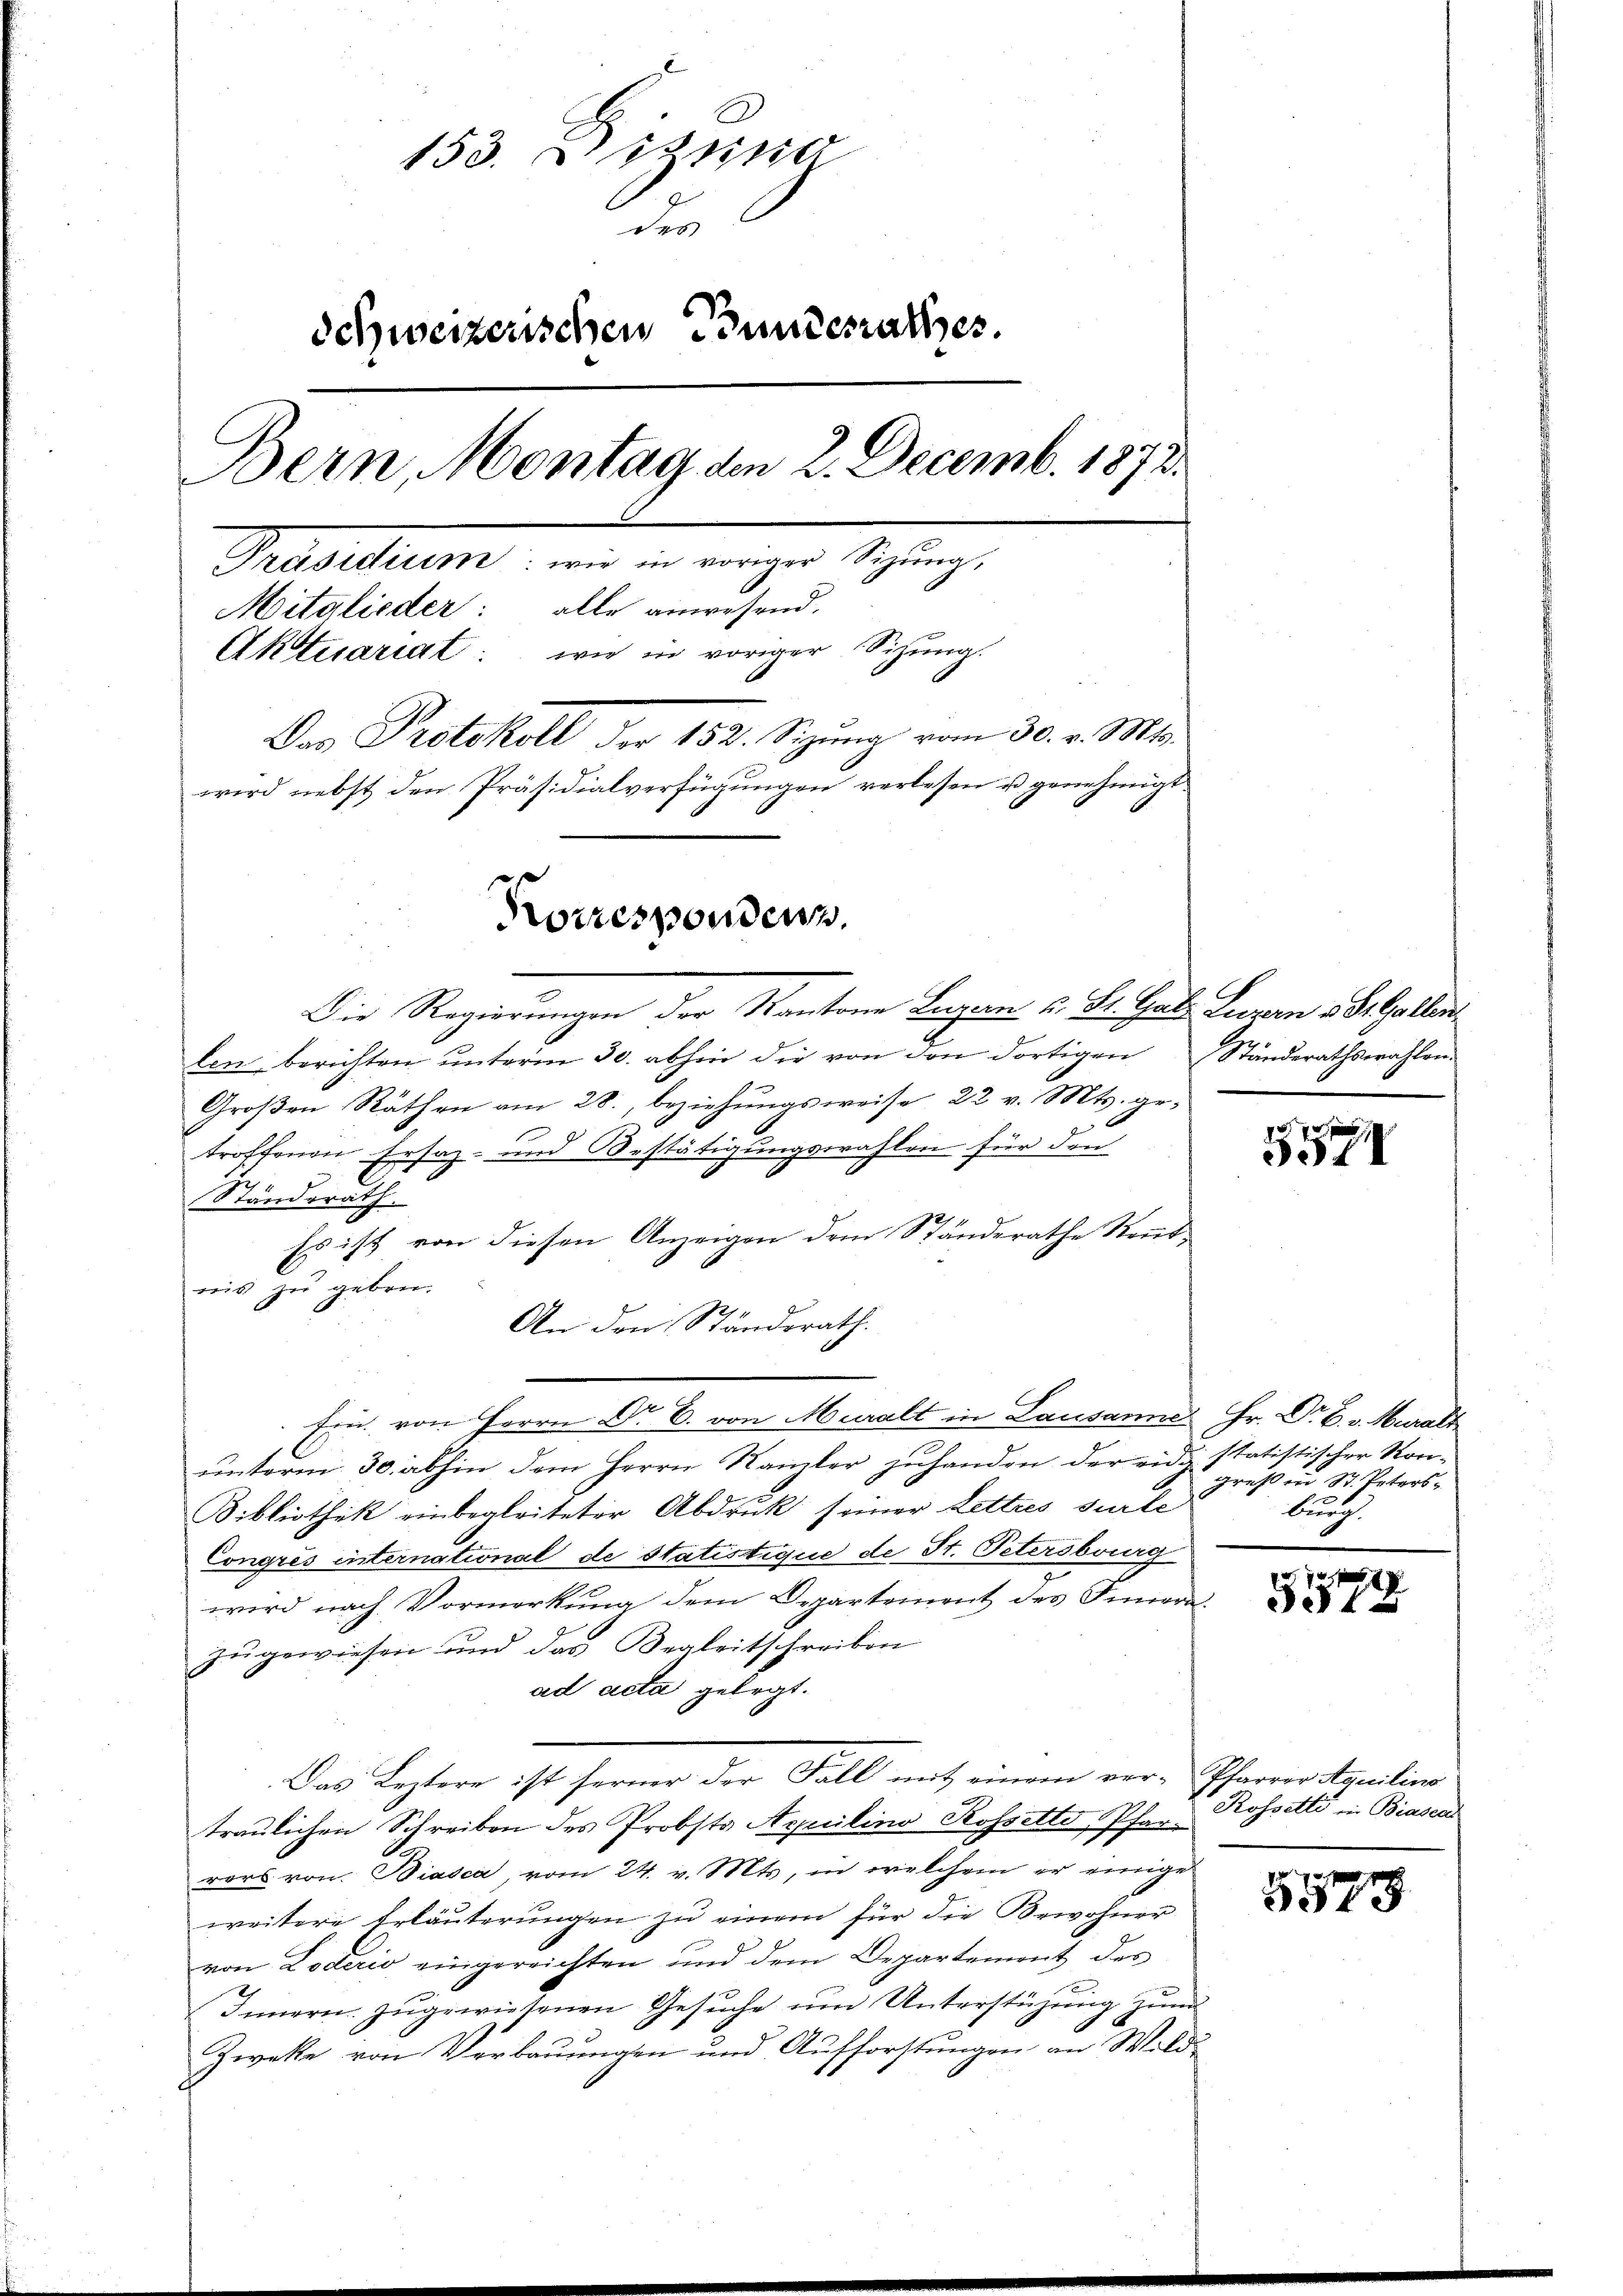
153. Dizina
des
.
Schweizerischen Stundesrathes.
Bern, Montag den 2. Decemb. 1873.
Präsidium
Mitglieder: alle anwesend.
Aktuariat: wie in voriger Sitzung.
Das Protokoll der 152. Sizung vom 30. v. Mts.
wird nebst den Präsidialverfügungen verlesen u. genehmigt
Korrespondenz.
Die Regierungen der Kantone Luzern u. St. Gal. Luzern v. St. Gallen

len berichten ŭnterm 30. abhin die von den dortigen Ständerathswahlen.
Groβen Räthen am 28., beziehŭngsweise 22 v. Mts. ge-
1
troffenen Ersatz- und Bestätigungswahlen für den
Standsrath
Es ist von diesen Anzeigen dem Ständerathe Rent
nis zu geben.
An den Standsrath.
Ein von Herrn Dr E. von Muralt in Lausanne Hr. Dr E. v. Muralt
unterm 30. abhin dem Herrn Kanzler zuhanden der eidg. statistischer Kon-
Bibliothek einbegleiteter Abdruk seiner Lettres surte
Congres international de statistique de St. Petersburg
wird nach Vormerkung dem Departement des Innerzu gewiesen und das Begleitschreiben
ad acta gelegt.
Das Leztere ist ferner der Fall mit einem ver-Pfarrerstantin
traulichen Schreiben des Probsts Appelins Rossetto, Pfarrers von Biasca, vom 24. v. Mts, in welchem er einige
weitere Erläuterungen zu einem für die Bewohner
von Loderio eingereichten und dem Departement des
Innern zugewiesenen Gesŭche um Unterstüzung zum
Zwecke von Verbauungen und Aufforstungen an Wild¬

557

greß in St. Petersburch

5579

Rossetti in Biascal

5578